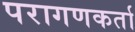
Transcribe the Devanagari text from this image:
परागणकर्ता